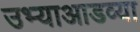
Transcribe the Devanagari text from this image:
उभ्याआडव्या